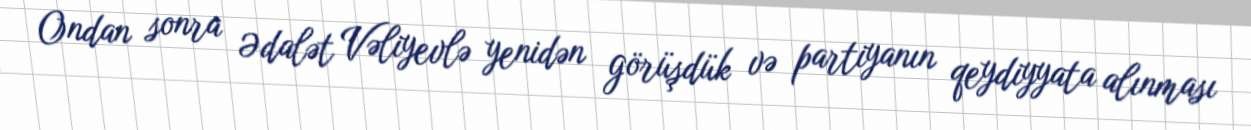
Ondan sonra Ədalət Vəliyevlə yenidən görüşdük və partiyanın qeydiyyata alınması